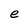
Character: e